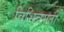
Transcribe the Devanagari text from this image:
विभिन्नमतों